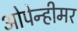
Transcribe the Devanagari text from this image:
ओपेन्हीमर